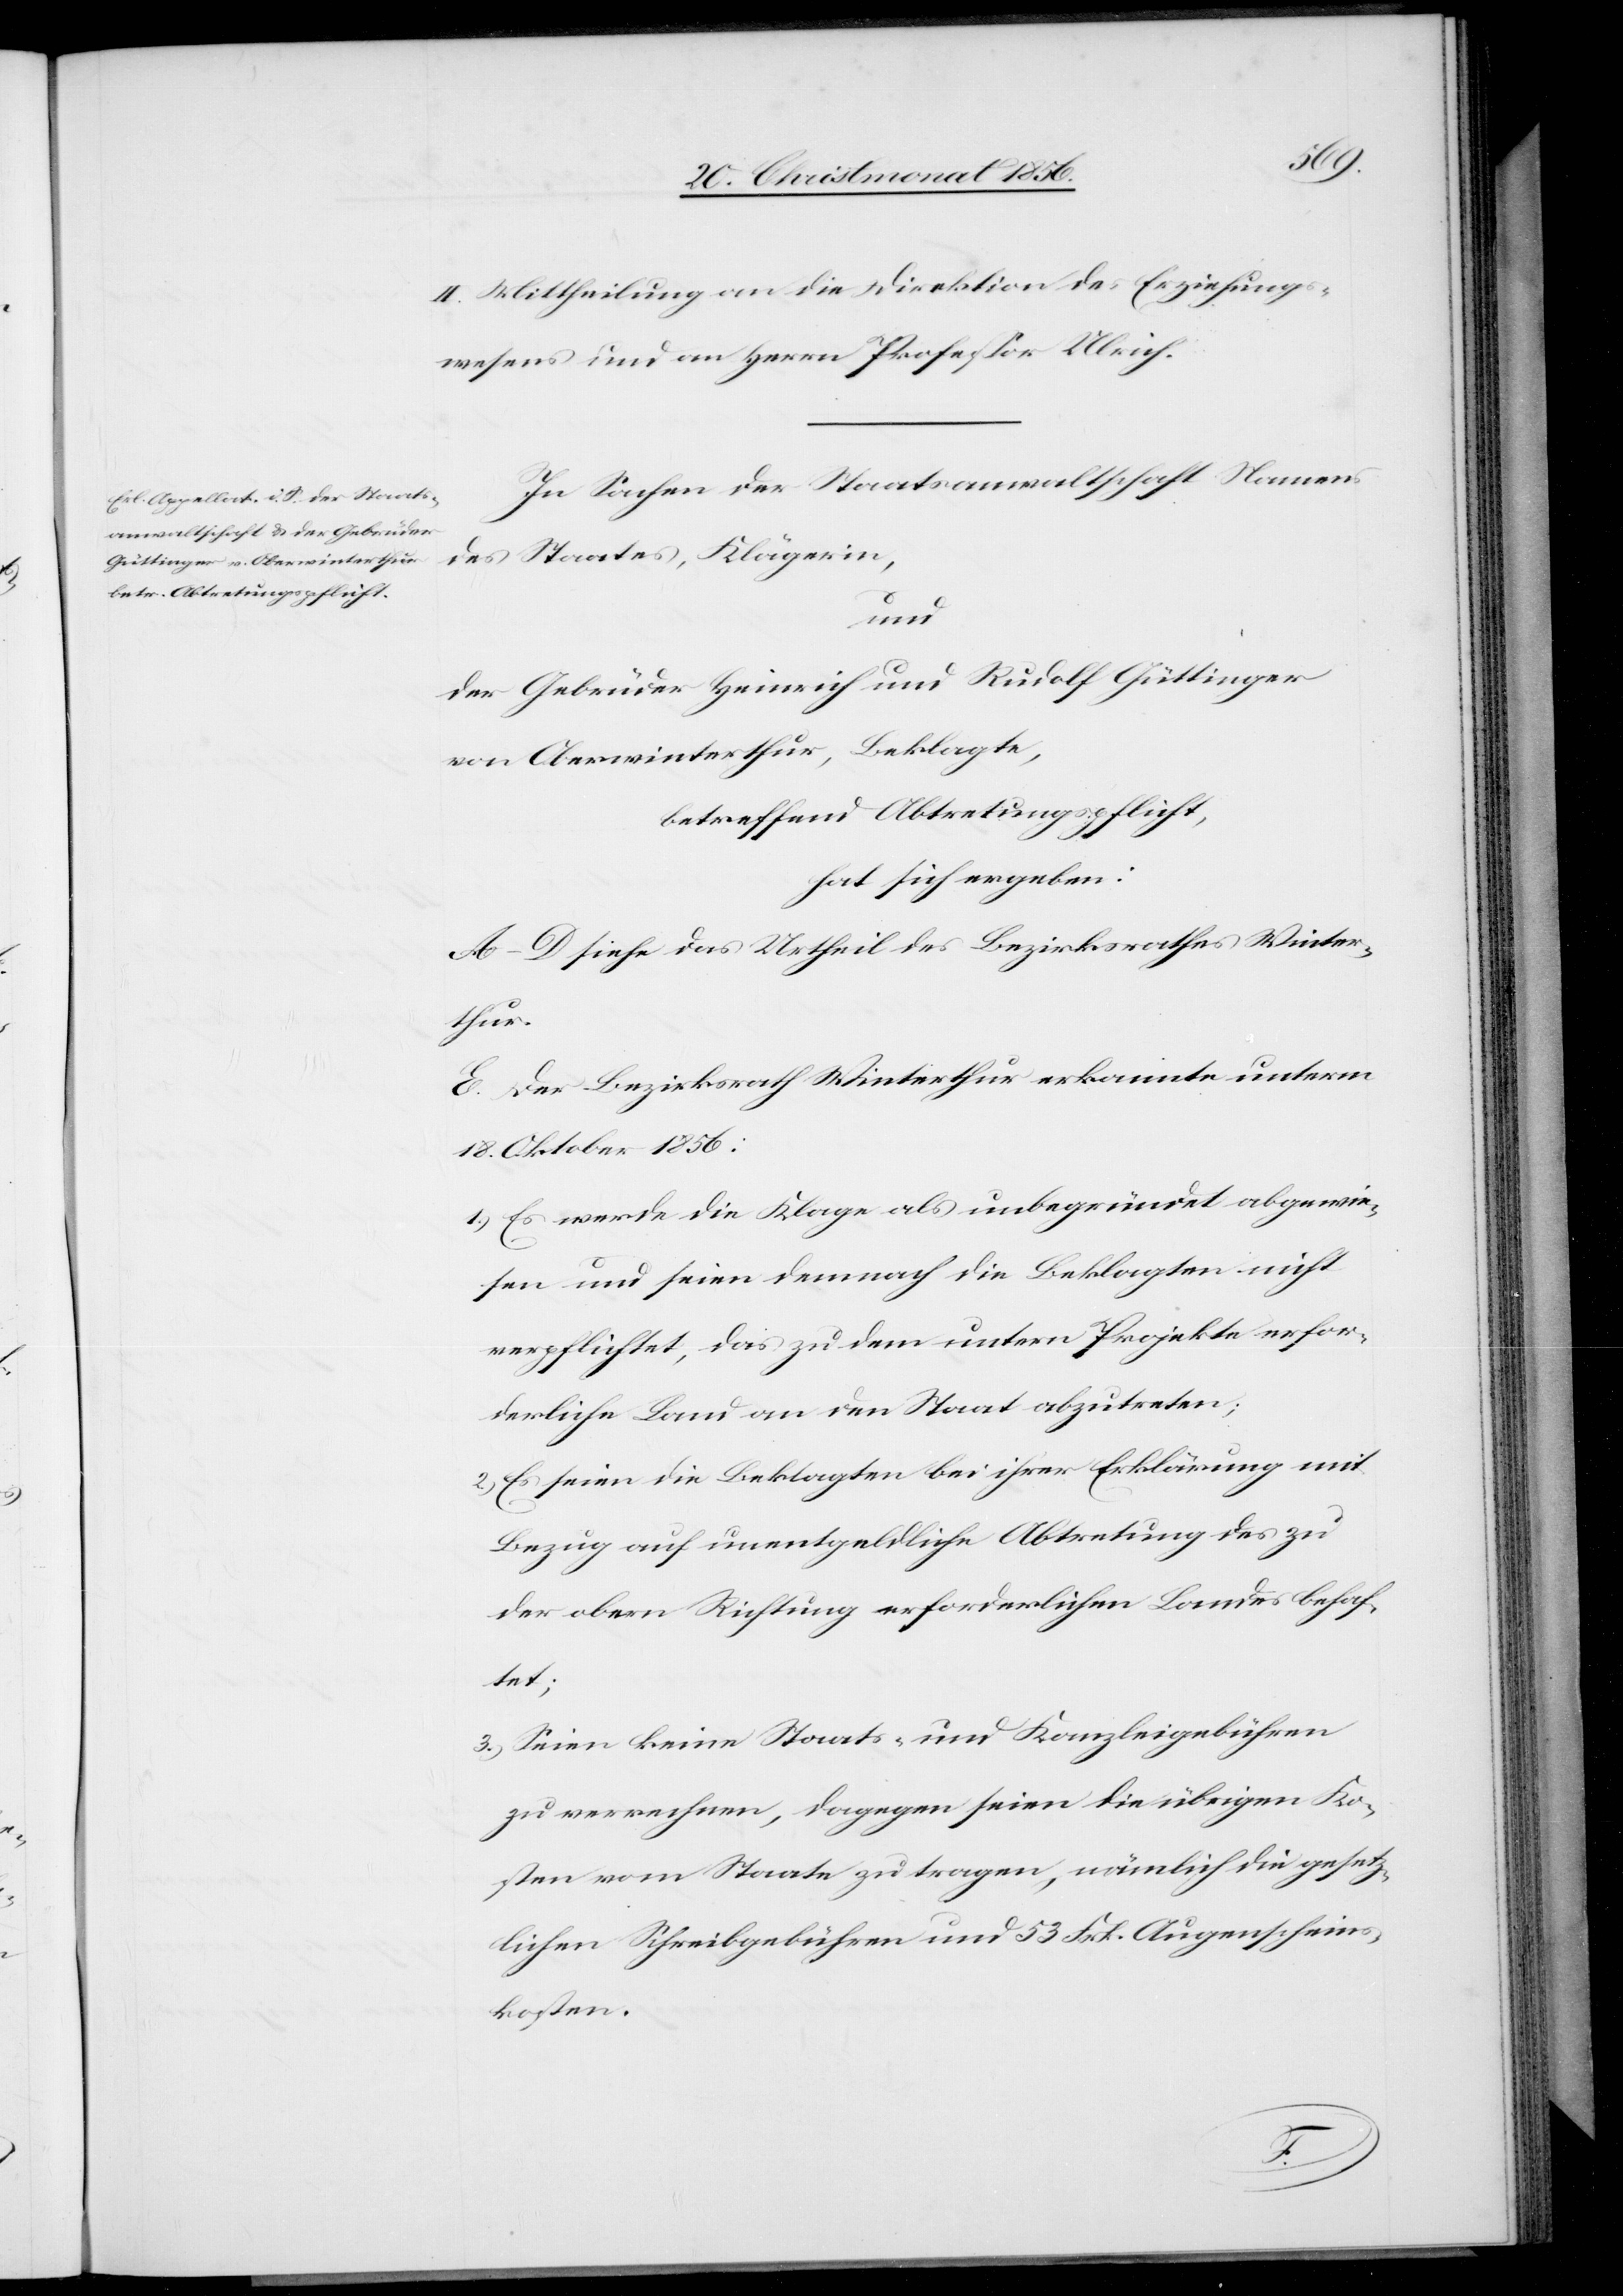
II. Mittheilung an die Direktion des Erziehungs¬
wesens und an Herrn Professor Ulrich.
In Sachen der Staatsanwaltschaft Namens
des Staates, Klägerin,
und
der Gebrüder Heinrich und Rudolf Güttinger
von Oberwinterthur, Beklagte,
betreffend Abtretungspflicht,
hat sich ergeben:
A–D. siehe das Urtheil des Bezirksrathes Winter¬
thur.
E. Der Bezirksrath Winterthur erkannte unterm
18. Oktober 1856:
1.) Es werde die Klage als unbegründet abgewie¬
sen und seien demnach die Beklagten nicht
verpflichtet, das zu dem untern Projekte erfor¬
derliche Land an den Staat abzutreten;
2.) Es seien die Beklagten bei ihrer Erklärung mit
Bezug auf unentgeldliche Abtretung des zu
der obern Richtung erforderlichen Landes behaf¬
tet;
3.) Seien keine Staats- und Kanzleigebühren
zu verrechnen, dagegen seien die übrigen Ko¬
sten vom Staate zu tragen, nämlich die gesetz¬
lichen Schreibgebühren und 53 Frk. Augenscheins¬
kosten.